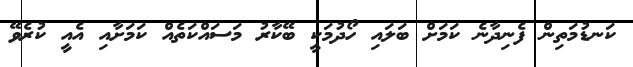
ކަނޑުމަތިން ފެނިދާނެ ކަމަށް ބަލައި ހޯދުމަކީ ބޭކާރު މަސައްކަތެއް ކަމަށާއި އެއީ ކުރެވޭ